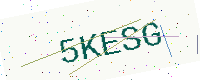
Text: 5KESG